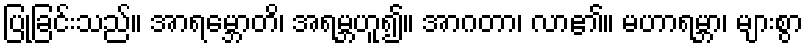
ပြုခြင်းသည်။ အာရမ္ဘောတိ၊ အရမ္ဘဟူ၍။ အာဂတာ၊ လာ၏။ မဟာရမ္ဘာ၊ များစွာ